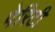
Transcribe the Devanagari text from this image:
पेरिटी